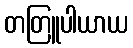
တတြူပါယာယ